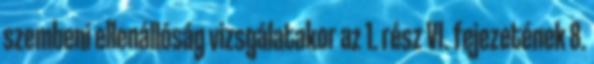
szembeni ellenállóság vizsgálatakor az 1. rész VI. fejezetének 8.